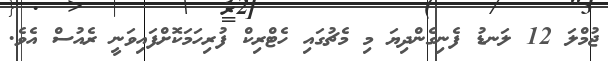
ޖުމްލަ 12 ލަނޑު ފެނިގެންދިޔަ މި މެޗުގައި ހެޓްރިކް ފުރިހަމަކޮށްފައިވަނީ ރެއުސް އެވެ.